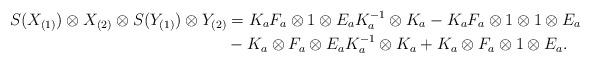
LaTeX: \begin{align*}S(X_{(1)}) \otimes X_{(2)} \otimes S(Y_{(1)}) \otimes Y_{(2)} & = K_{a}F_{a} \otimes 1 \otimes E_{a} K_{a}^{-1} \otimes K_{a} -K_{a }F_{a} \otimes 1 \otimes 1 \otimes E_{a}\\ & - K_{a} \otimes F_{a} \otimes E_{a} K_{a}^{-1} \otimes K_{a} + K_{a} \otimes F_{a} \otimes 1 \otimes E_{a}.\end{align*}